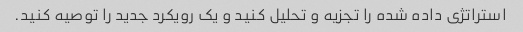
استراتژی داده شده را تجزیه و تحلیل کنید و یک رویکرد جدید را توصیه کنید.